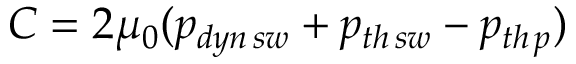
C = 2 \mu _ { 0 } ( p _ { d y n \thinspace s w } + p _ { t h \thinspace s w } - p _ { t h \thinspace p } )